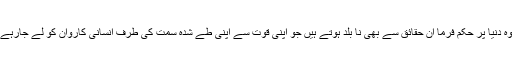
اسی طرح وہ دنیا پر حکم فرما ان حقائق سے بھی نا بلد ہوتے ہیں جو اپنی قوت سے اپنی طے شدہ سمت کی طرف انسانی کاروان کو لے جارہے ہوتے ہیں۔